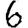
Digit: 6